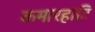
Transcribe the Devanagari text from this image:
कमारहाटि